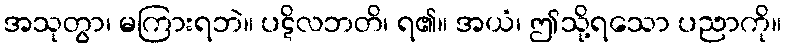
အသုတွာ၊ မကြားရဘဲ။ ပဋိလဘတိ၊ ရ၏။ အယံ၊ ဤသို့ရသော ပညာကို။